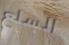
السلع